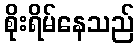
စိုးရိမ်နေသည်